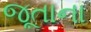
જૂતાના